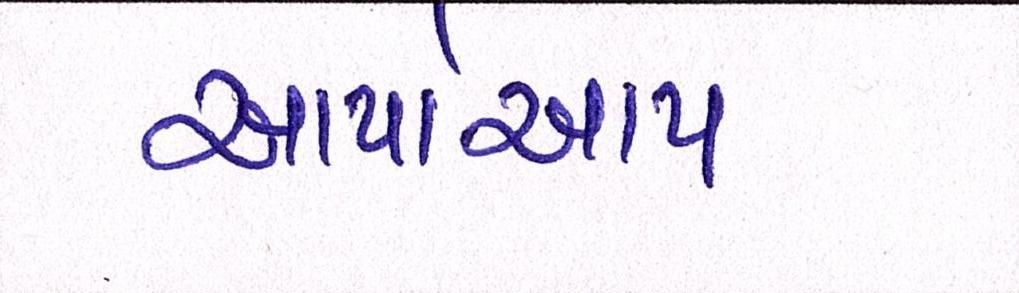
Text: આપોઆપ